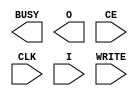
///////////////////////////////////////////////////////////////////////////////
// Copyright (c) 1995/2004 Xilinx, Inc.
// All Right Reserved.
///////////////////////////////////////////////////////////////////////////////
//   ____  ____
//  /   /\/   /
// /___/  \  /    Vendor : Xilinx
// \   \   \/     Version : 10.1
//  \   \         Description : Xilinx Functional Simulation Library Component
//  /   /                  Internal Configuration Access Port for Spartan3a
// /___/   /\     Filename : ICAP_SPARTAN3A.v
// \   \  /  \    Timestamp : Wed Jul  6 18:29:19 PDT 2005
//  \___\/\___\
//
// Revision:
//    07/06/05 - Initial version.

`timescale  1 ps / 1 ps


module ICAP_SPARTAN3A (BUSY, O, CE, CLK, I, WRITE);

    output BUSY;
    output [7:0] O;

    input  CE, CLK, WRITE;
    input  [7:0] I; 
    
endmodule